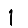
Digit: 1